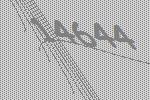
14644